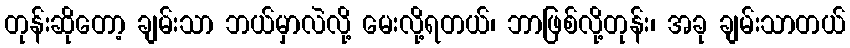
တုန်းဆိုတော့ ချမ်းသာ ဘယ်မှာလဲလို့ မေးလို့ရတယ်၊ ဘာဖြစ်လို့တုန်း၊ အခု ချမ်းသာတယ်